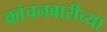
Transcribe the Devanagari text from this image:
कांचनबारीच्या